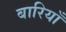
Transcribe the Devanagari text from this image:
बारियाँ